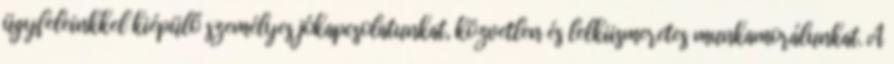
ügyfeleinkkel kiépülő személyes jókapcsolatunkat, közvetlen és lelkiismeretes munkamorálunkat. A